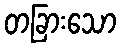
တခြားသော